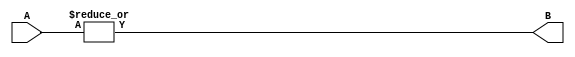
`timescale 1ns / 1ps
module or_gate #(parameter WIDTH = 2)(
    input [WIDTH-1:0] A,
    output B
    );

	assign B = |A;
endmodule